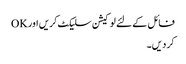
فائل کے لئے لوکیشن سلیکٹ کریں اور OK
کر دیں۔